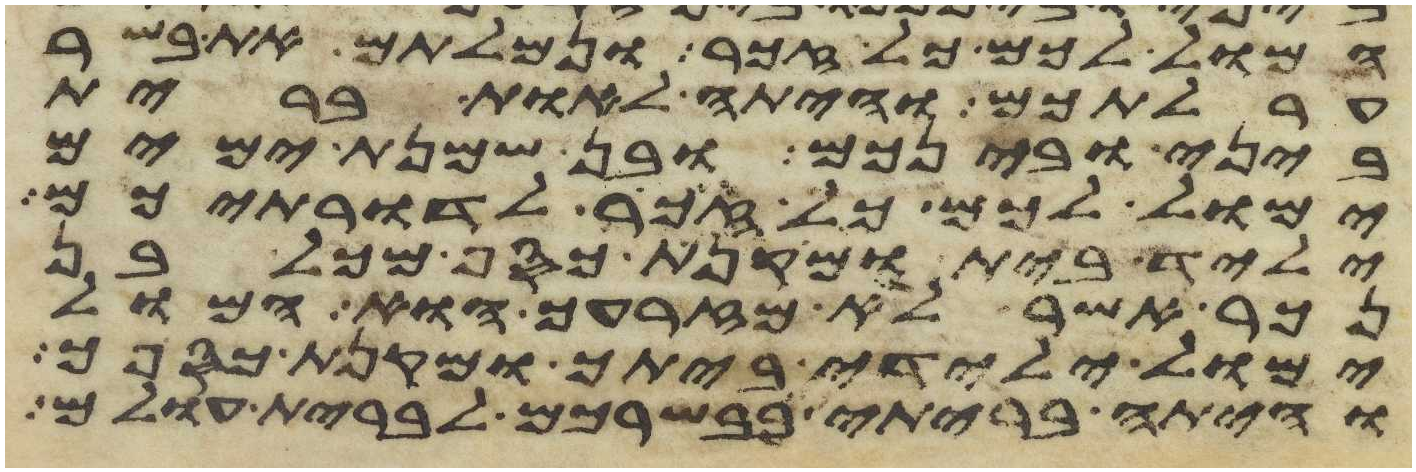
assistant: המול לכם כל זכר ונמלתם את בשר
ערלתכם והיתה לאות ברית
ביני ובינכם ובן שמנת ימים
ימול לכם כל זכר לדרתיכם
יליד בית ומקנת כסף מכל בן
נכר אשר לא מזרעך הוא המול
ימול ילידי ביתך ומקנת כספך
והיתה בריתי בבשרכם לברית עולם